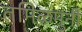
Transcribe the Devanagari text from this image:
तमिऴमुनी